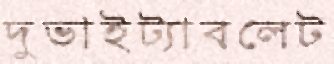
দুভাইট্যাবলেট